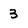
Character: 3